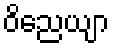
ဝိညေယျာ